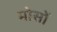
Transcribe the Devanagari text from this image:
मोसों